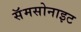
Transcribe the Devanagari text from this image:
सॅमसोनाइट